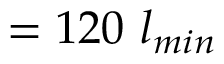
= 1 2 0 ~ l _ { m i n }